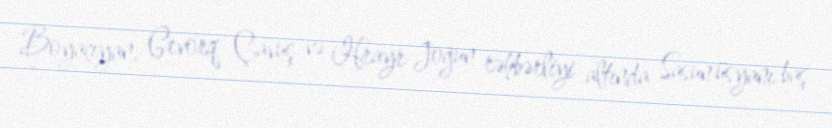
Boyaçıyan, Gevorq Çavuş və Hrayr Joğun rəhbərliyi altında Sasun üsyanı baş